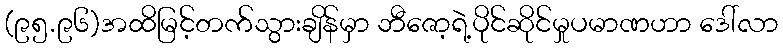
(၉၅.၉၆)အထိမြင့်တက်သွားချိန်မှာ ဘီဇော့ရဲ့ပိုင်ဆိုင်မှုပမာဏဟာ ဒေါ်လာ